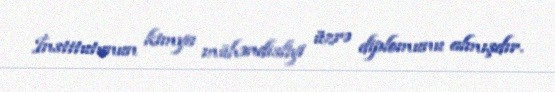
İnstitutunun kimya mühəndisliyi üzrə diplomunu almışdır.